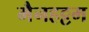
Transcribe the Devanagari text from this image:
मैनहट्टम